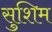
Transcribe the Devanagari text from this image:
सुशिम